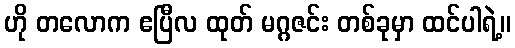
ဟို တလောက ဧပြီလ ထုတ် မဂ္ဂဇင်း တစ်ခုမှာ ထင်ပါရဲ့။